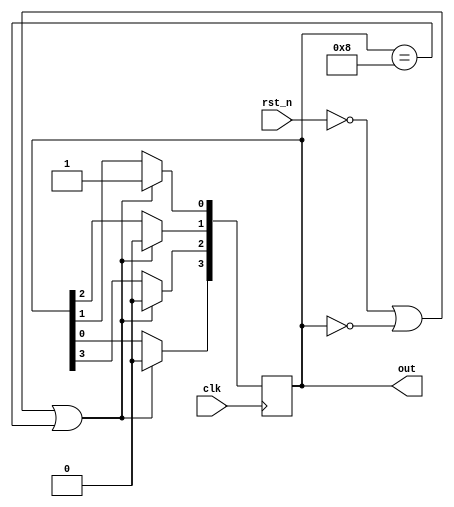
module ring_ctr  #(parameter WIDTH=4)   
  (    
    input clk,                  
    input rst_n,  
    output reg [WIDTH-1:0] out  
  );
  integer i;     
  always @ (posedge clk) begin  
  // Self correction when the counter is at x000 where x is dont care it resets 
      if ((!rst_n) || out == 4'b0000 || out == 4'b1000)  
         out <= 1;  
      else 
      begin  
        out[WIDTH-1] <= out[0];  
        for (i = 0; i < WIDTH-1; i=i+1) 
        begin  
          out[i] <= out[i+1];  
        end  
      end  
  end  
endmodule